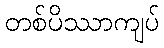
တစ်ပိဿာကျပ်